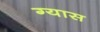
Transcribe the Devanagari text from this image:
ग्यास